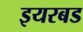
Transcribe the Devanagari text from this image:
इयरबड